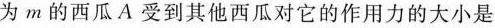
为m的西瓜A受到其他西瓜对它的作用力的大小是